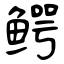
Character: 鳄